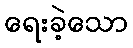
ရေးခဲ့သော